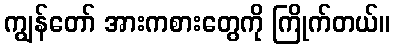
ကျွန်တော် အားကစားတွေကို ကြိုက်တယ်။